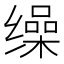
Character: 缲